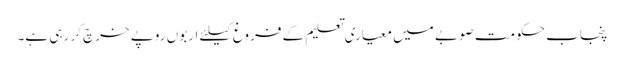
پنجاب حکومت صوبے میں معیاری تعلیم کے فروغ کیلئے اربوں روپے خرچ کر رہی ہے۔